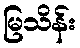
မြသိန်း